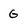
Character: G